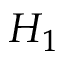
H _ { 1 }